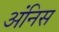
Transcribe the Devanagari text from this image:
अंनिस